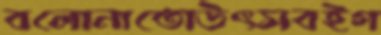
বলোনাতোউৎসবইগ